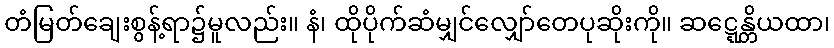
တံမြတ်ချေးစွန့်ရာ၌မူလည်း။ နံ၊ ထိုပိုက်ဆံမျှင်လျှော်တေပုဆိုးကို။ ဆဋ္ဋေန္တိယထာ၊